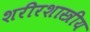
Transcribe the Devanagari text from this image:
शरीरशास्त्रीय